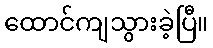
ထောင်ကျသွားခဲ့ပြီ။